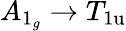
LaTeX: A_{1_{g}}\rightarrow T_{\mathrm{1u}}